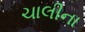
ચાલીના